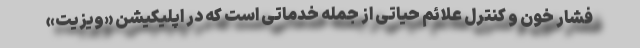
فشار خون و کنترل علائم حیاتی از جمله خدماتی است که در اپلیکیشن «ویزیت»